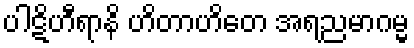
ပါဋိဟီရာနိ ဟိတာဟိတေ အရညမာဂမ္မ